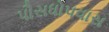
પૌસધોપવાસ